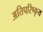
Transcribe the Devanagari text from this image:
अतिपरिष्कृत